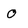
Character: 0